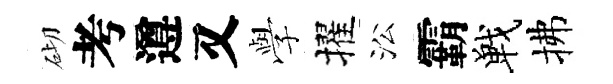
砌考遵又𫝯擢㳂霸戰拂